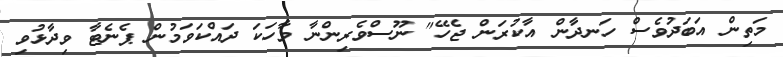
މަތިން އަބަދުވެސް ހަނދާން އާކުރަން ޖެހޭ" ނޫސްވެރިންނާ ވާހަކަ ދައްކަވަމުން ޕެނެޓާ ވިދާޅުވި